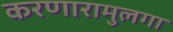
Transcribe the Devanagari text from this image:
करणारामुलगा